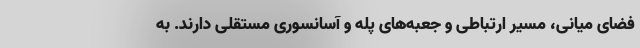
فضای میانی، مسیر ارتباطی و جعبه‌های پله و آسانسوری مستقلی دارند. به